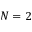
N = 2